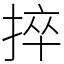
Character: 捽